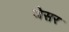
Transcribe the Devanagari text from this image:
जेसर